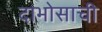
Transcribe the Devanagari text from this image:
दाभोसाची